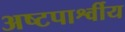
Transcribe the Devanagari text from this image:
अष्टपार्श्वीय